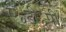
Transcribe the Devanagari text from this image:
ए॰टी॰पी